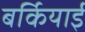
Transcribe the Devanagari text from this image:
बर्कियाई